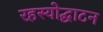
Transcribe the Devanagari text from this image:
रहस्‍योद्घाटन